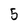
Character: 5